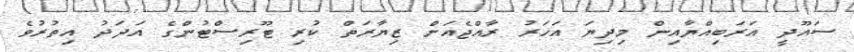
ސައޫދީ އަރަބިއްޔާއިން މިދިޔަ އަހަރު ރާއްޖެއަށް ޒިޔާރަތް ކުރި ޓޫރިސްޓުންގެ އަދަދު އިތުރުވެ